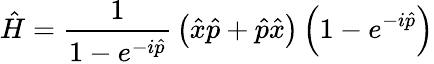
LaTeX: {\hat{H}}={\frac{1}{1-e^{-i{\hat{p}}}}}\left({\hat{x}}{\hat{p}}+{\hat{p}}{\hat{x}}\right)\left(1-e^{-i{\hat{p}}}\right)